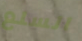
السلع